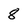
Character: 8